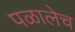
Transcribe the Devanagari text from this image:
पळालेच